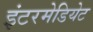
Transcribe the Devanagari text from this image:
इंटरमेडियेट